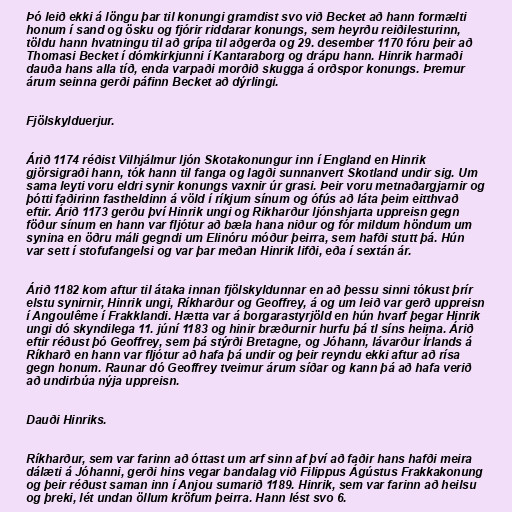
Þó leið ekki á löngu þar til konungi gramdist svo við Becket að hann formælti
honum í sand og ösku og fjórir riddarar konungs, sem heyrðu reiðilesturinn,
töldu hann hvatningu til að grípa til aðgerða og 29. desember 1170 fóru þeir að
Thomasi Becket í dómkirkjunni í Kantaraborg og drápu hann. Hinrik harmaði
dauða hans alla tíð, enda varpaði morðið skugga á orðspor konungs. Þremur
árum seinna gerði páfinn Becket að dýrlingi.

Fjölskylduerjur.

Árið 1174 réðist Vilhjálmur ljón Skotakonungur inn í England en Hinrik
gjörsigraði hann, tók hann til fanga og lagði sunnanvert Skotland undir sig. Um
sama leyti voru eldri synir konungs vaxnir úr grasi. Þeir voru metnaðargjarnir og
þótti faðirinn fastheldinn á völd í ríkjum sínum og ófús að láta þeim eitthvað
eftir. Árið 1173 gerðu því Hinrik ungi og Rikharður ljónshjarta uppreisn gegn
föður sínum en hann var fljótur að bæla hana niður og fór mildum höndum um
synina en öðru máli gegndi um Elinóru móður þeirra, sem hafði stutt þá. Hún
var sett í stofufangelsi og var þar meðan Hinrik lifði, eða í sextán ár.

Árið 1182 kom aftur til átaka innan fjölskyldunnar en að þessu sinni tókust þrír
elstu synirnir, Hinrik ungi, Ríkharður og Geoffrey, á og um leið var gerð uppreisn
í Angoulême í Frakklandi. Hætta var á borgarastyrjöld en hún hvarf þegar Hinrik
ungi dó skyndilega 11. júní 1183 og hinir bræðurnir hurfu þá tl síns heima. Árið
eftir réðust þó Geoffrey, sem þá stýrði Bretagne, og Jóhann, lávarður Írlands á
Ríkharð en hann var fljótur að hafa þá undir og þeir reyndu ekki aftur að rísa
gegn honum. Raunar dó Geoffrey tveimur árum síðar og kann þá að hafa verið
að undirbúa nýja uppreisn.

Dauði Hinriks.

Ríkharður, sem var farinn að óttast um arf sinn af því að faðir hans hafði meira
dálæti á Jóhanni, gerði hins vegar bandalag við Filippus Ágústus Frakkakonung
og þeir réðust saman inn í Anjou sumarið 1189. Hinrik, sem var farinn að heilsu
og þreki, lét undan öllum kröfum þeirra. Hann lést svo 6.